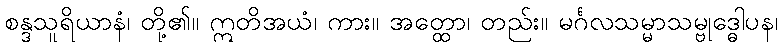
စန္ဒသူရိယာနံ၊ တို့၏။ ဣတိအယံ၊ ကား။ အတ္ထော၊ တည်း။ မင်္ဂလသမ္မာသမ္ဗုဒ္ဓေါပန၊